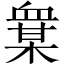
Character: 𧗅